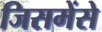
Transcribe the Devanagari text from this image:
जिसमेंसे